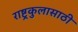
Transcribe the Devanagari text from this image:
राष्ट्रकुलासाठी